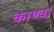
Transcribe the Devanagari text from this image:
काण्‍व।